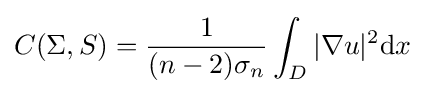
C(\Sigma ,S)={\frac {1}{(n-2)\sigma _{n}}}\int _{D}|\nabla u|^{2}\mathrm {d} x